Indian journal of veterinary science and animal husbandry - Volumes 15-17, 1948-1951
Year: 1948
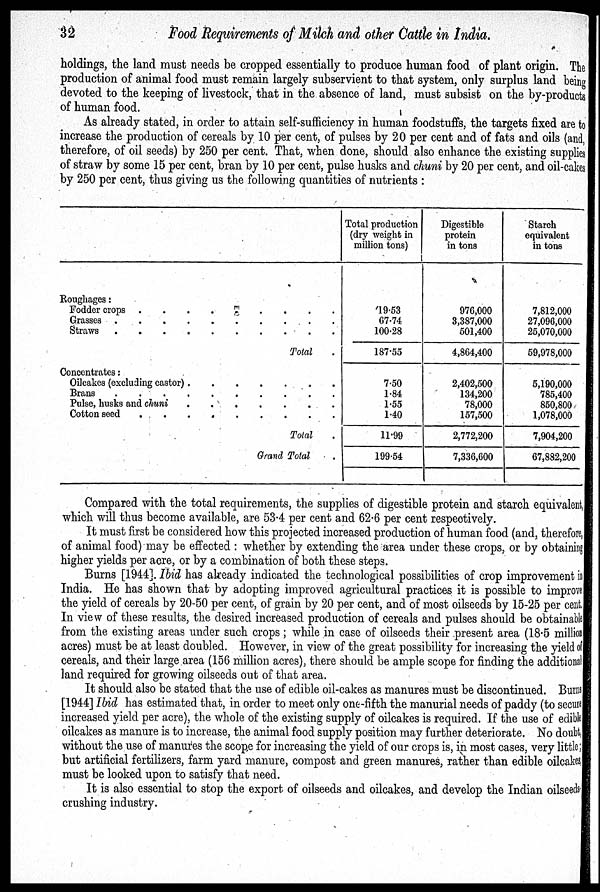
32
Food Requirements of Milch and other Cattle in India.
holdings, the land must needs be cropped essentially to produce human food of plant origin. The
production of animal food must remain largely subservient to that system, only surplus land being
devoted to the keeping of livestock, that in the absence of land, must subsist on the by-products
of human food.
As already stated, in order to attain self-sufficiency in human foodstuffs, the targets fixed are to
increase the production of cereals by 10 per cent, of pulses by 20 per cent and of fats and oils (and,
therefore, of oil seeds) by 250 per cent. That, when done, should also enhance the existing supplies
of straw by some 15 per cent, bran by 10 per cent, pulse husks and chuni by 20 per cent, and oil-cakes
by 250 per cent, thus giving us the following quantities of nutrients:
Roughages:
Fodder crops . . . . . . . . .
Grasses . . . . . . . . . .
Straws . . . . . . . . . .
Total .
Concentrates:
Oilcakes (excluding castor) . . . . . . . . .
Brans . . . . . . . . . .
Pulse, husks and chuni . . . . . . . . .
Cotton seed . . . . . . . . .
Total .
Grand Total .
Total production
(dry weight in
million tons)
19.53
67.74
100.28
187.55
7.50
1.84
1.55
1.40
11.99
199.54
Digestible
protein
in tons
976,000
3,387,000
501,400
4,864,400
2,402,500
134,200
78,000
157,500
2,772,200
7,336,600
Starch
equivalent
in tons
7,812,000
27,096,000
25,070,000
59,978,000
5,190,000
785,400
850,800
1,078,000
7,904,200
67,882,200
Compared with the total requirements, the supplies of digestible protein and starch equivalent,
which will thus become available, are 53.4 per cent and 62.6 per cent respectively.
It must first be considered how this projected increased production of human food (and, therefore,
of animal food) may be effected: whether by extending the area under these crops, or by obtaining
higher yields per acre, or by a combination of both these steps.
Burns [1944]. Ibid has already indicated the technological possibilities of crop improvement i n
India. He has shown that by adopting improved agricultural practices it is possible to improve
the yield of cereals by 20-50 per cent, of grain by 20 per cent, and of most oilseeds by 15-25 per cent.
In view of these results, the desired increased production of cereals and pulses should be obtainable
from the existing areas under such crops; while in case of oilseeds their present area (18.5 million
acres) must be at least doubled. However, in view of the great possibility for increasing the yield of
cereals, and their large area (156 million acres), there should be ample scope for finding the additional
land required for growing oilseeds out of that area.
It should also be stated that the use of edible oil-cakes as manures must be discontinued. Burns
[1944] Ibid has estimated that, in order to meet only one-fifth the manurial needs of paddy (to secure
increased yield per acre), the whole of the existing supply of oilcakes is required. If the use of edible
oilcakes as manure is to increase, the animal food supply position may further deteriorate. No doubt,
without the use of manures the scope for increasing the yield of our crops is, in most cases, very little;
but artificial fertilizers, farm yard manure, compost and green manures, rather than edible oilcakes,
must be looked upon to satisfy that need.
It is also essential to stop the export of oilseeds and oilcakes, and develop the Indian oilseeds
crushing industry.